NAE_ERA_R-1992_EV_Ehitusministeerium, lk 9
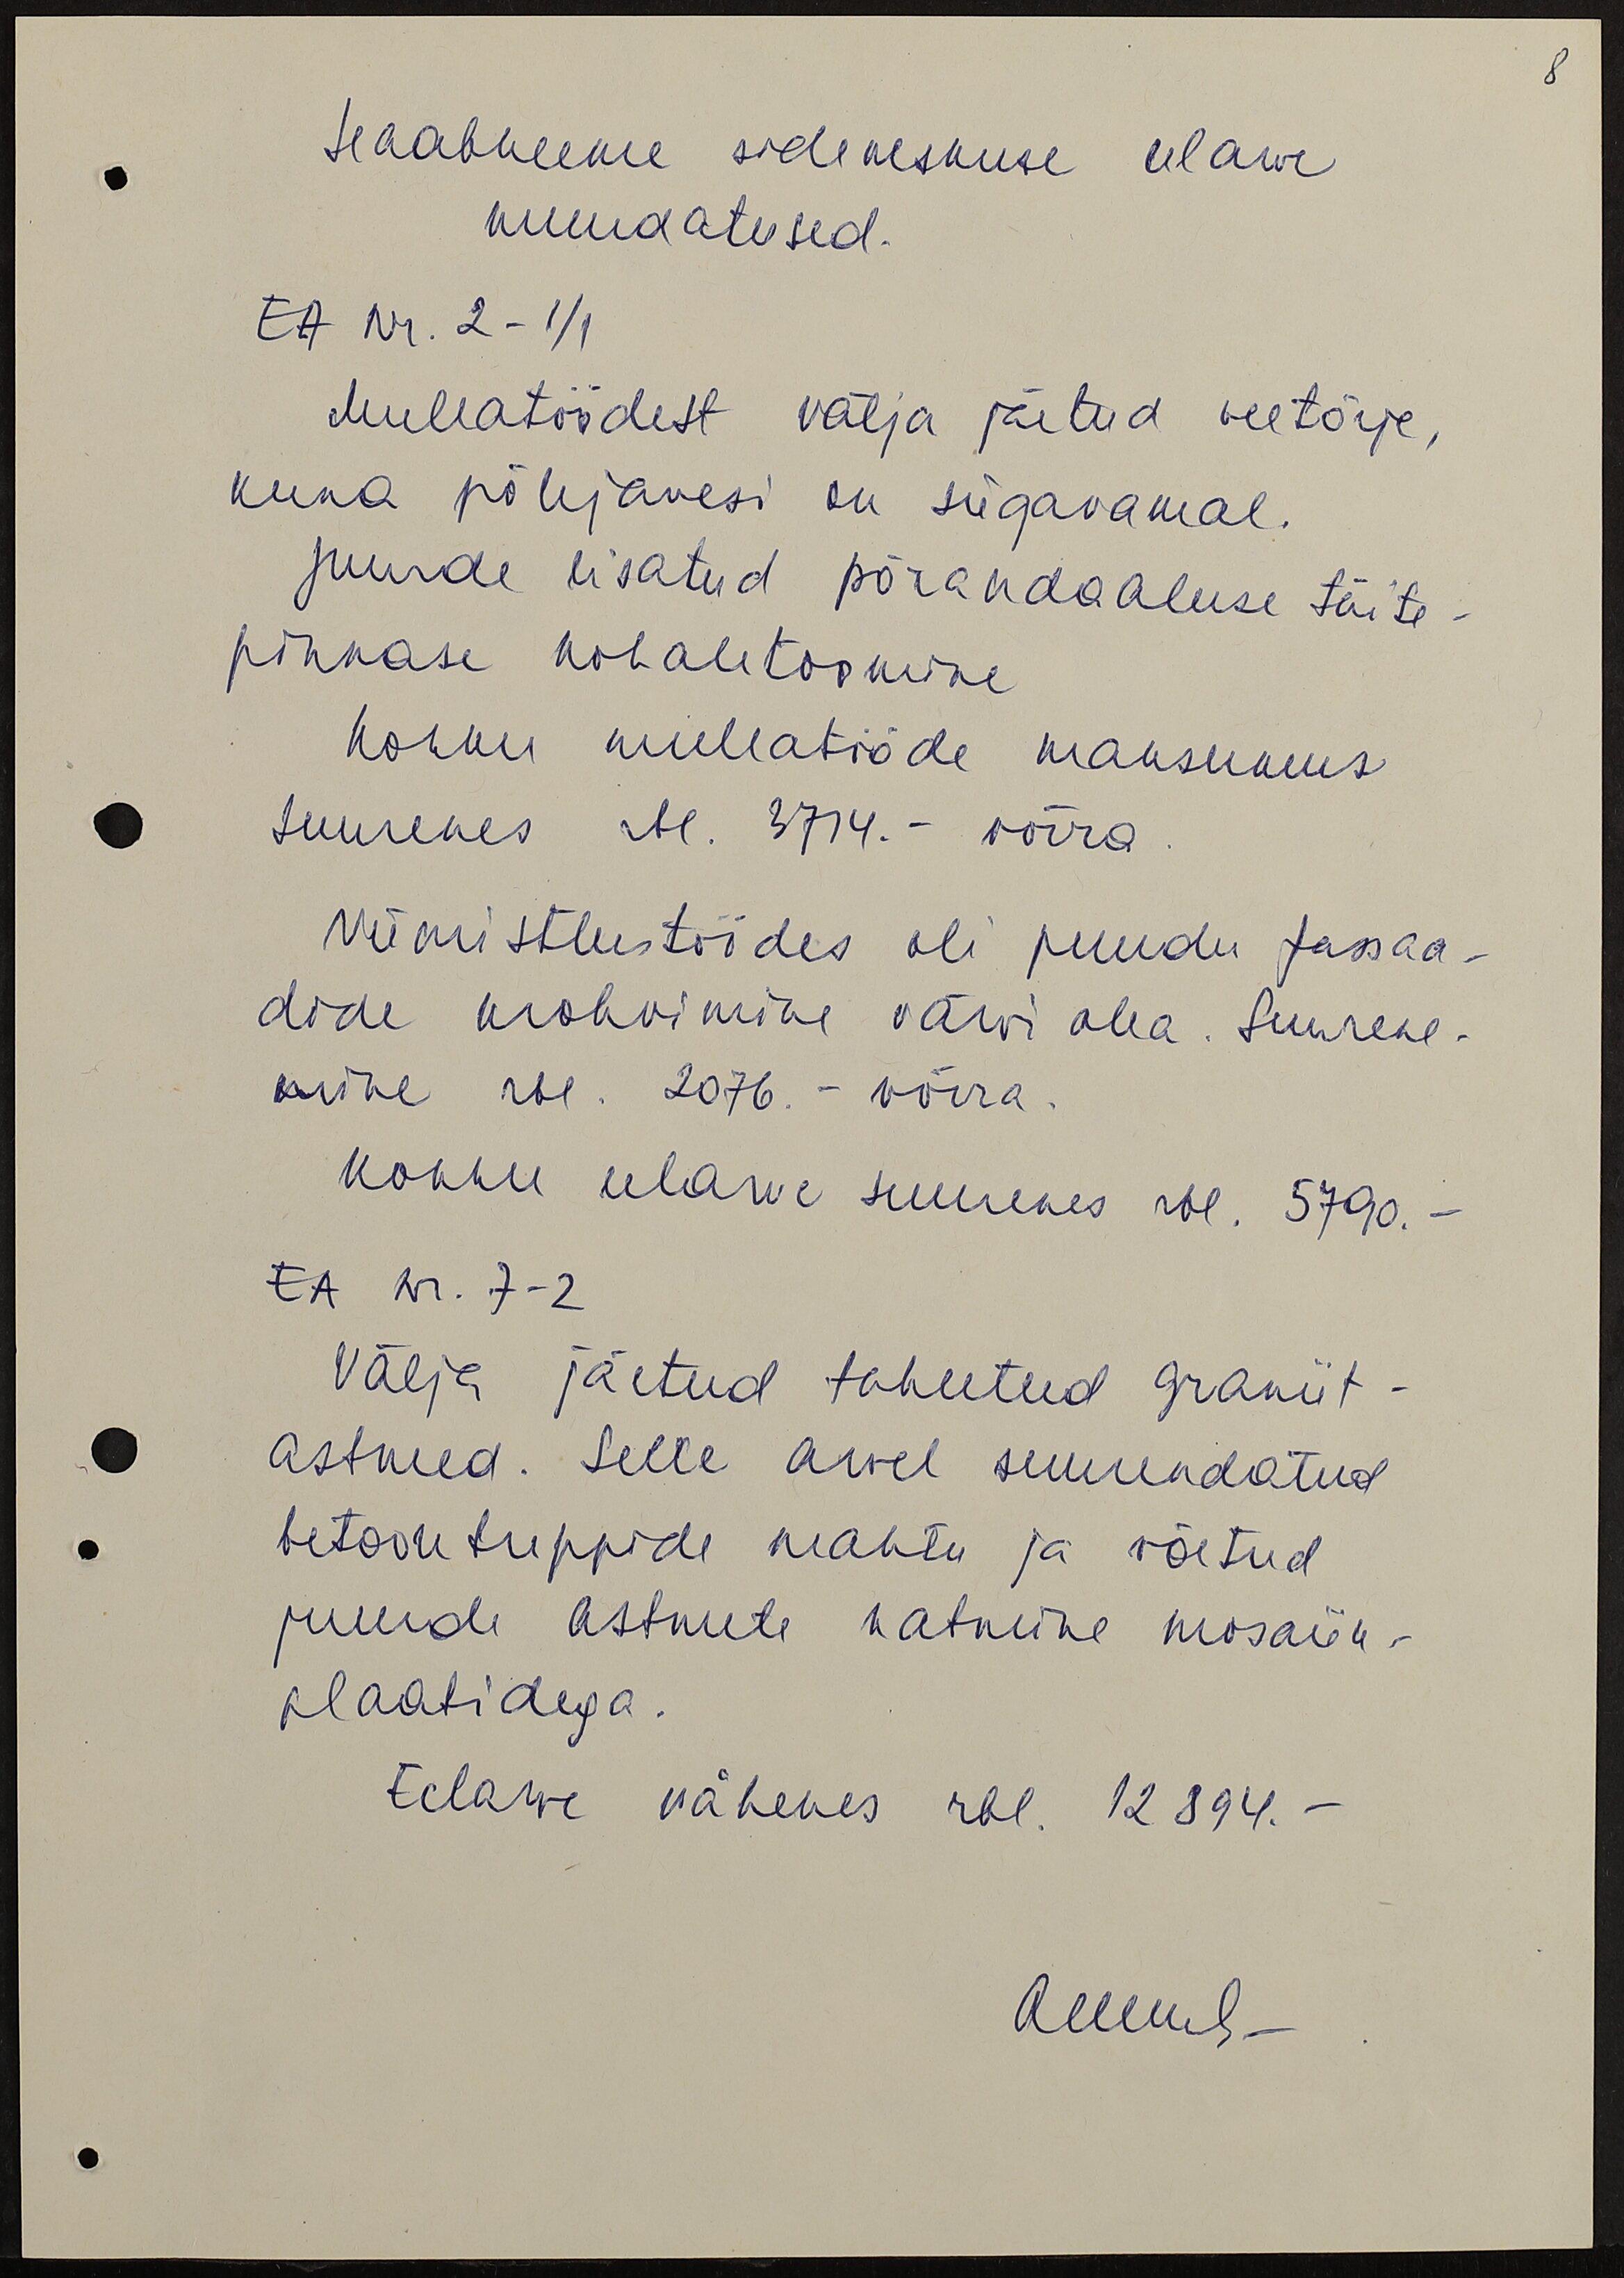
8

Haabneeme sidekeskuse eelarve
muudatused.
EA nr. 2-1/1
Mullatöödelt välja jäetud veetõrje,
kuna põhjavesi on sügavamal.
Juurde lisatud põrandaaluse täite-
pinnase kohaletoomine
Kokku mullatööde maksumus
suurenes rbl. 3714. - võrra
Viimistlustöödes oli puudu fasaa-
dide krohvimine värvi alla. Suurene-
mine rbl. 2076 - võrra.
Kokku eelarve suurenes rbl. 5790. -
EA nr. 7-2
Välja jäetud tahutud graniit-
astmed. Selle arvel suurendatud
betoon treppide mahtu ja võetud
juurde astmete katmine mosaiik-
plaatidega.
Eelarve vähenes rbl. 12 894. -
ollnud